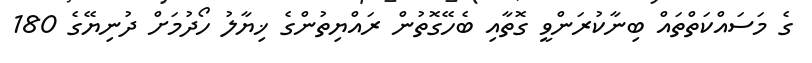
ގެ މަސައްކަތްތައް ބިނާކުރަންވީ ގޮތާއި ބެހޭގޮތުން ރައްޔިތުންގެ ޚިޔާލު ހޯދުމަށް ދުނިޔޭގެ 180